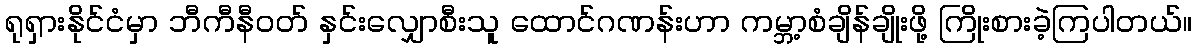
ရုရှားနိုင်ငံမှာ ဘီကီနီဝတ် နှင်းလျှောစီးသူ ထောင်ဂဏန်းဟာ ကမ္ဘာ့စံချိန်ချိုးဖို့ ကြိုးစားခဲ့ကြပါတယ်။